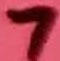
Text: 7